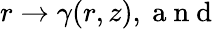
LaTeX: r\to\gamma(r,z),\mathrm{~a~n~d~}